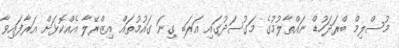
މުސްލިމް ބްރަދަހުޑް ނައްތާލުމުގެ މަގުސަދުގައި އަރަބި ގިނަ ގައުމުތައް އިޒްރޭލާ އެއްކޮޅަށް އަރާފައިވާ